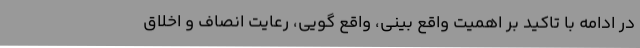
در ادامه با تاکید بر اهمیت واقع بینی، واقع گویی، رعایت انصاف و اخلاق